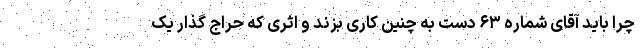
چرا باید آقای شماره ۶۳ دست به چنین کاری بزند و اثری که حراج گذار یک